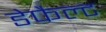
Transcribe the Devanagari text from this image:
डेफैल्ट